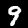
Label: 9